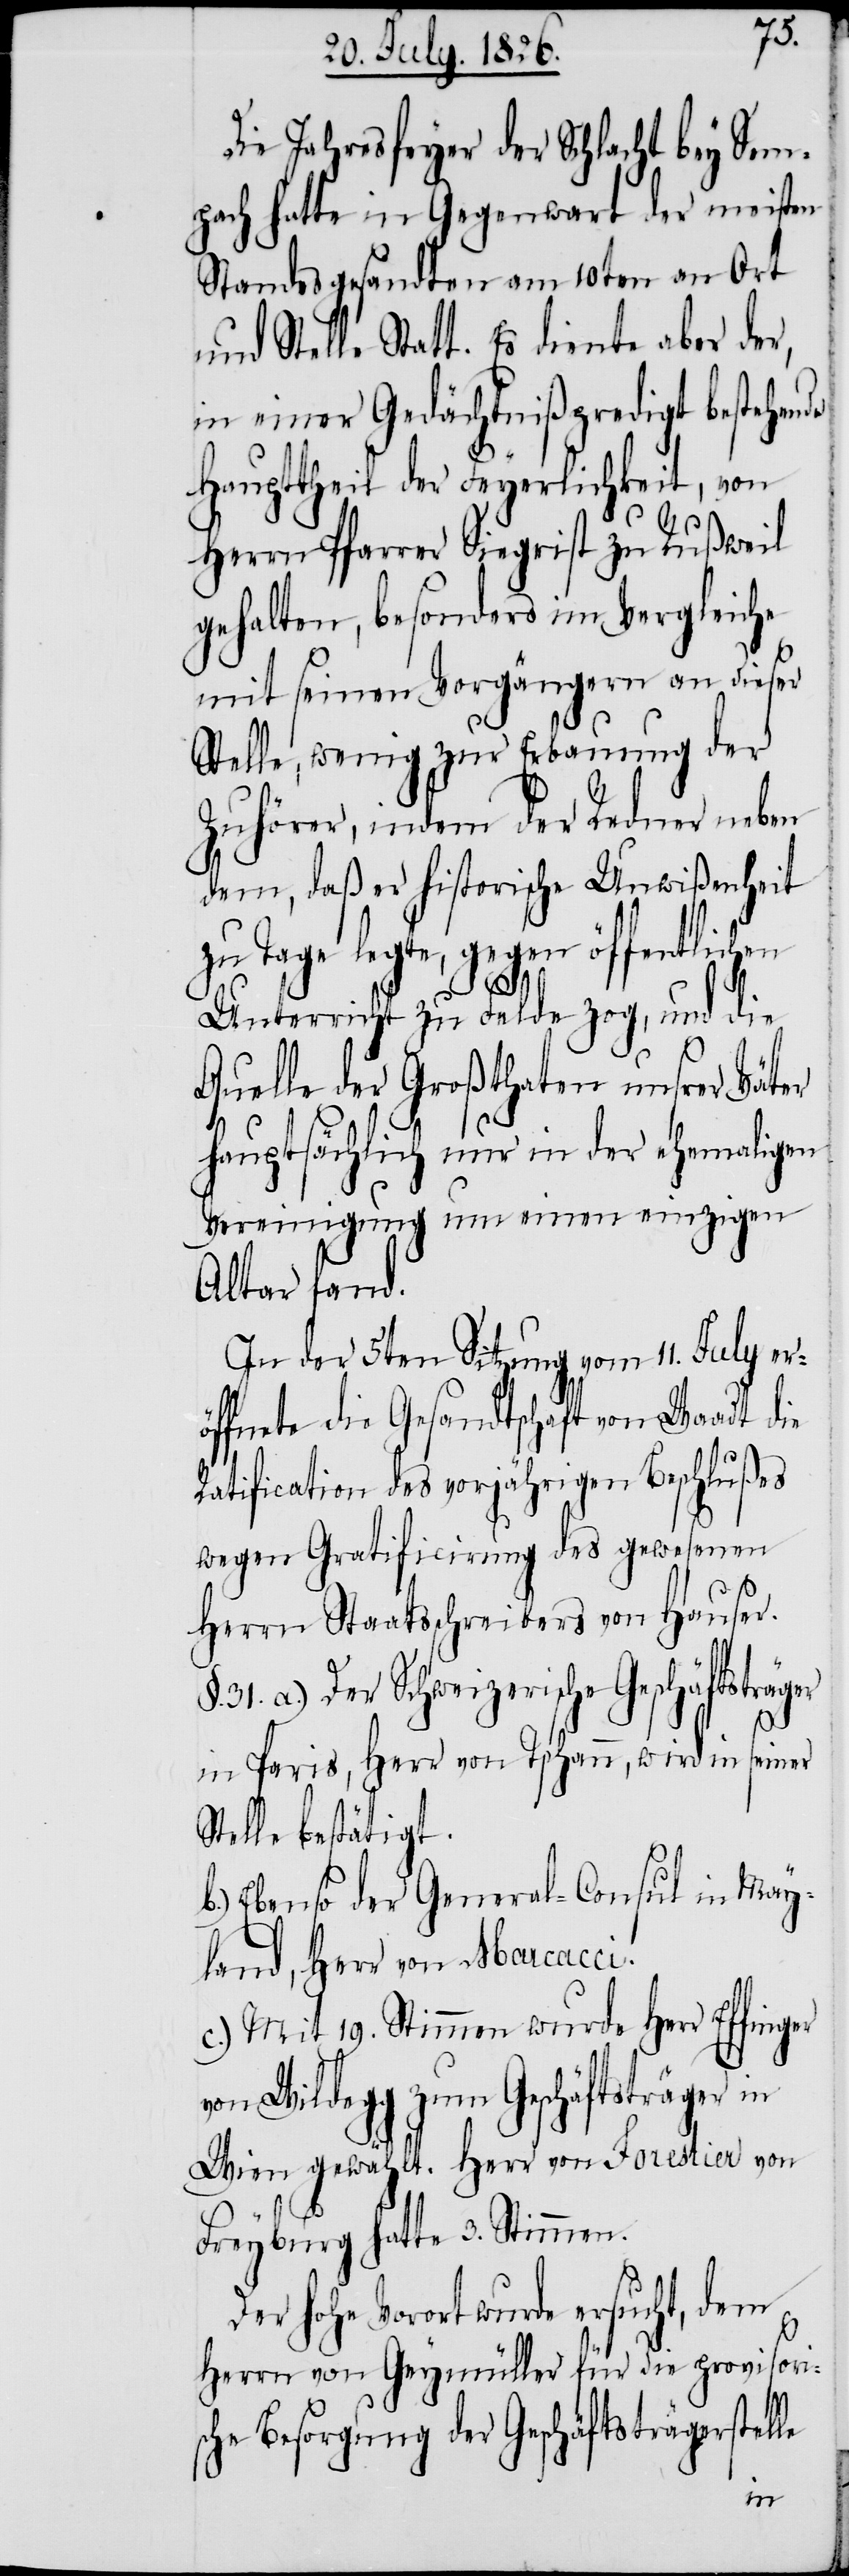
Die Jahresfeyer der Schlacht bey Sem¬
pach hatte in Gegenwart der meisten
Standesgesandten am 10ten an Ort
und Stelle Statt. Es diente aber der,
in einer Gedächtnißpredigt bestehende
Haupttheil der Feyerlichkeit, von
Herrn Pfarrer Siegrist zu Rußweil
gehalten, besonders im Vergleiche
mit seinen Vorgängern an dieser
Stelle, wenig zur Erbauung der
Zuhörer, indem der Redner neben
dem, daß er historische Unwißenheit
zu Tage legte, gegen öffentlich¬
Unterricht zu Felde zog, und die
Quelle der Großthaten unsrer Väter
hauptsächlich nur in der ehemaligen
Vereinigung um einen einzigen
Altar fand.
In der 5ten Sitzung vom 11. July er¬
öffnete die Gesandtschaft von Waadt die
Ratification des vorjährigen Beschlußes
wegen Gratification des gewesenen
Herrn Staatsschreibers von Hauser.
31. a.) Der Schweizerische Geschäftsträger
in Paris, Herr von Tschann, wird in seiner
Stelle bestätigt.
b.) Ebenso der General-Consul in May¬
land, Herr von Marcacci.
c.) Mit 19. Stimmen wurde Herr Effinger
von Wildegg zum Geschäftsträger in
Wien gewählt. Herr von Forestier von
Freyburg hatte 3. Stimmen.
Der hohe Vorort wurde ersucht, dem
Herrn von Geymüller für die provisoris¬
che Besorgung der Geschäftsträgerstelle
en